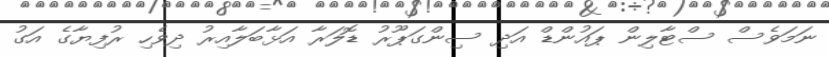
ނަމަވެސް ސްޓާލިން ޕައުންޑް އަދި ސިންގަޕޫރު ޑޮލަރާ އަޅާބަލާއިރު ދިވެހި ރުފިޔާގެ އަގު